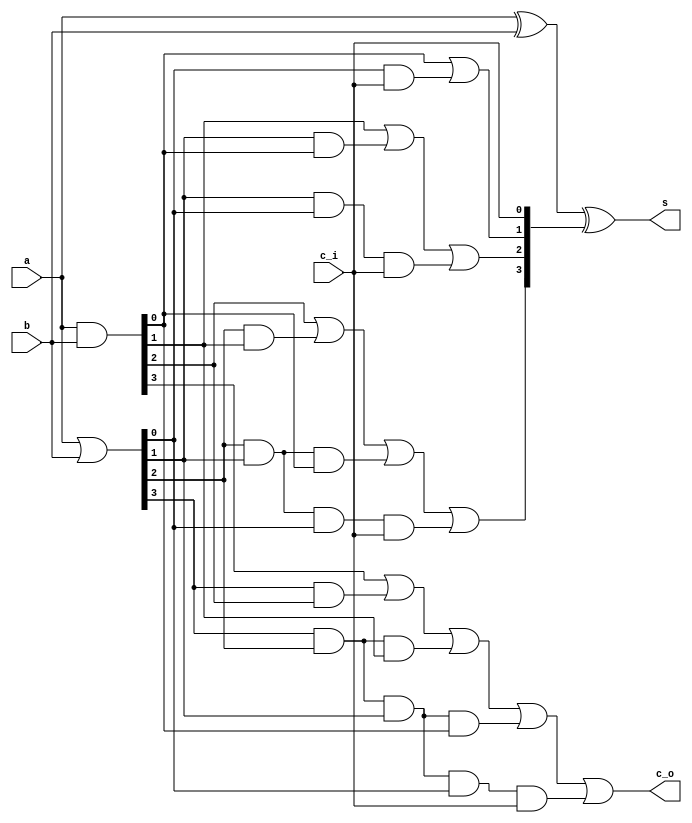
//////////////////////////////////////////////////////////////////////////////////
// Copyright (c) 2023, c.fan                                                      
//                                                                                
// Redistribution and use in source and binary forms, with or without             
// modification, are permitted provided that the following conditions are met:    
//                                                                                
// 1. Redistributions of source code must retain the above copyright notice, this 
//    list of conditions and the following disclaimer.                            
//                                                                                
// 2. Redistributions in binary form must reproduce the above copyright notice,   
//    this list of conditions and the following disclaimer in the documentation   
//    and/or other materials provided with the distribution.                      
//                                                                                
// 3. Neither the name of the copyright holder nor the names of its               
//    contributors may be used to endorse or promote products derived from        
//    this software without specific prior written permission.                    
//                                                                                
// THIS SOFTWARE IS PROVIDED BY THE COPYRIGHT HOLDERS AND CONTRIBUTORS "AS IS"    
// AND ANY EXPRESS OR IMPLIED WARRANTIES, INCLUDING, BUT NOT LIMITED TO, THE      
// IMPLIED WARRANTIES OF MERCHANTABILITY AND FITNESS FOR A PARTICULAR PURPOSE ARE 
// DISCLAIMED. IN NO EVENT SHALL THE COPYRIGHT HOLDER OR CONTRIBUTORS BE LIABLE   
// FOR ANY DIRECT, INDIRECT, INCIDENTAL, SPECIAL, EXEMPLARY, OR CONSEQUENTIAL     
// DAMAGES (INCLUDING, BUT NOT LIMITED TO, PROCUREMENT OF SUBSTITUTE GOODS OR     
// SERVICES; LOSS OF USE, DATA, OR PROFITS; OR BUSINESS INTERRUPTION) HOWEVER     
// CAUSED AND ON ANY THEORY OF LIABILITY, WHETHER IN CONTRACT, STRICT LIABILITY,  
// OR TORT (INCLUDING NEGLIGENCE OR OTHERWISE) ARISING IN ANY WAY OUT OF THE USE  
// OF THIS SOFTWARE, EVEN IF ADVISED OF THE POSSIBILITY OF SUCH DAMAGE.           
//////////////////////////////////////////////////////////////////////////////////


module carry_lookahead_adder4(
   input    [3:0]    a     ,
   input    [3:0]    b     ,
   input             c_i   , // carry input (i.e. from lower adder)
	
   output   [3:0]    s     ,
   output            c_o     // carry output
);

	wire [3:0] p;
	wire [3:0] g;
	wire [3:0] c;
	
	assign g = a & b;
	assign p = a | b;
	
	assign c[0] = c_i;
	assign c[1] = g[0] | ( p[0] & c[0] );
	// c[2] = g[1] | ( p[1] & c[1] ) = g[1] | ( p[1] & ( g[0] | ( p[0] & c[0] ) ) );
	assign c[2] = g[1] | ( p[1] & g[0] ) | ( p[1] & p[0] & c[0] );
	// c[3] = g[2] | ( p[2] & c[2] ) = g[2] | ( g[1] | ( p[1] & ( g[0] | ( p[0] & c[0] ) ) ) );
	assign c[3] = g[2] | ( p[2] & g[1] ) | ( p[2] & p[1] & g[0] ) | ( p[2] & p[1] & p[0] & c[0] );
	// c[4] = g[3] | ( p[3] & c[3] ) = g[3] | ( g[2] | ( g[1] | ( p[1] & ( g[0] | ( p[0] & c[0] ) ) ) ) );
	assign c_o = g[3] | ( p[3] & g[2] ) | ( p[3] & p[2] & g[1] ) | ( p[3] & p[2] & p[1] & g[0] ) | ( p[3] & p[2] & p[1] & p[0] & c[0] );

	assign s = a^b^c;
	
endmodule

module adder32(
   input    [31:0]   a     ,
   input    [31:0]   b     ,
   input             c_i   ,
	
   output   [31:0]   s     ,
   output            c_o
);

	wire [6:0] c;
	
	carry_lookahead_adder4 u0_cal_adder4(
		.a(a[3:0]),
		.b(b[3:0]),
		.c_i(c_i),
		.s(s[3:0]),
		.c_o(c[0])
	);
	
	carry_lookahead_adder4 u1_cal_adder4(
		.a(a[7:4]),
		.b(b[7:4]),
		.c_i(c[0]),
		.s(s[7:4]),
		.c_o(c[1])
	);
	
	carry_lookahead_adder4 u2_cal_adder4(
		.a(a[11:8]),
		.b(b[11:8]),
		.c_i(c[1]),
		.s(s[11:8]),
		.c_o(c[2])
	);
	
	carry_lookahead_adder4 u3_cal_adder4(
		.a(a[15:12]),
		.b(b[15:12]),
		.c_i(c[2]),
		.s(s[15:12]),
		.c_o(c[3])
	);

	carry_lookahead_adder4 u4_cal_adder4(
		.a(a[19:16]),
		.b(b[19:16]),
		.c_i(c[3]),
		.s(s[19:16]),
		.c_o(c[4])
	);
	
	carry_lookahead_adder4 u5_cal_adder4(
		.a(a[23:20]),
		.b(b[23:20]),
		.c_i(c[4]),
		.s(s[23:20]),
		.c_o(c[5])
	);
	
	carry_lookahead_adder4 u6_cal_adder4(
		.a(a[27:24]),
		.b(b[27:24]),
		.c_i(c[5]),
		.s(s[27:24]),
		.c_o(c[6])
	);
	
	carry_lookahead_adder4 u7_cal_adder4(
		.a(a[31:28]),
		.b(b[31:28]),
		.c_i(c[6]),
		.s(s[31:28]),
		.c_o(c_o)
	);	

endmodule